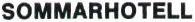
SOMMARHOTELL